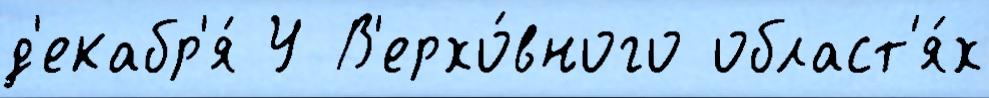
д'екабр'я́ У В'ерхо́вного област'я́х